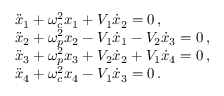
\begin{array} { r l } & { \ddot { x } _ { 1 } + \omega _ { c } ^ { 2 } x _ { 1 } + V _ { 1 } \dot { x } _ { 2 } = 0 \, , } \\ & { \ddot { x } _ { 2 } + \omega _ { p } ^ { 2 } x _ { 2 } - V _ { 1 } \dot { x } _ { 1 } - V _ { 2 } \dot { x } _ { 3 } = 0 \, , } \\ & { \ddot { x } _ { 3 } + \omega _ { p } ^ { 2 } x _ { 3 } + V _ { 2 } \dot { x } _ { 2 } + V _ { 1 } \dot { x } _ { 4 } = 0 \, , } \\ & { \ddot { x } _ { 4 } + \omega _ { c } ^ { 2 } x _ { 4 } - V _ { 1 } \dot { x } _ { 3 } = 0 \, . } \end{array}